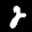
Label: 2